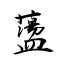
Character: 蘯